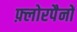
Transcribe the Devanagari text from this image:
फ़्लोरपैनों